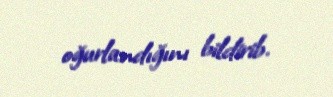
oğurlandığını bildirib.